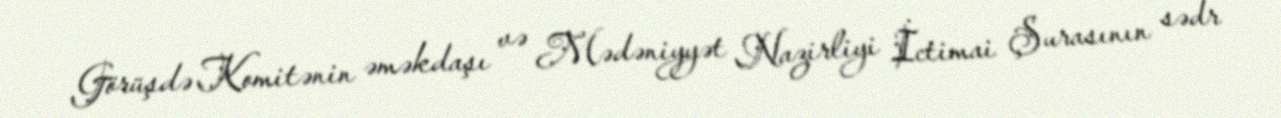
Görüşdə Komitənin əməkdaşı və Mədəniyyət Nazirliyi İctimai Şurasının sədr